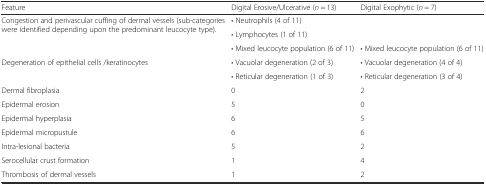
<table><thead><tr><td><b>Feature</b></td><td><b>Digital Erosive/Ulcerative (<i>n</i> = 13)</b></td><td><b>Digital Exophytic (<i>n</i> = 7)</b></td></tr></thead><tbody><tr><td rowspan="3">Congestion and perivascular cuffing of dermal vessels (sub-categories were identified depending upon the predominant leucocyte type).</td><td>• Neutrophils (4 of 11)</td><td>[EMPTY_CELL]</td></tr><tr><td>• Lymphocytes (1 of 11)</td><td>[EMPTY_CELL]</td></tr><tr><td>• Mixed leucocyte population (6 of 11)</td><td>• Mixed leucocyte population (6 of 11)</td></tr><tr><td rowspan="2">Degeneration of epithelial cells /keratinocytes</td><td>• Vacuolar degeneration (2 of 3)</td><td>• Vacuolar degeneration (4 of 4)</td></tr><tr><td>• Reticular degeneration (1 of 3)</td><td>• Reticular degeneration (3 of 4)</td></tr><tr><td>Dermal fibroplasia</td><td>0</td><td>2</td></tr><tr><td>Epidermal erosion</td><td>5</td><td>0</td></tr><tr><td>Epidermal hyperplasia</td><td>6</td><td>5</td></tr><tr><td>Epidermal micropustule</td><td>6</td><td>6</td></tr><tr><td>Intra-lesional bacteria</td><td>5</td><td>2</td></tr><tr><td>Serocellular crust formation</td><td>1</td><td>4</td></tr><tr><td>Thrombosis of dermal vessels</td><td>1</td><td>2</td></tr></tbody></table>